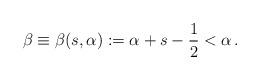
LaTeX: \begin{align*}\beta \equiv \beta(s, \alpha) := \alpha + s - \frac 12 < \alpha \, .\end{align*}